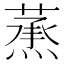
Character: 𦻛